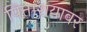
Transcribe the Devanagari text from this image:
पित्ताशयावर